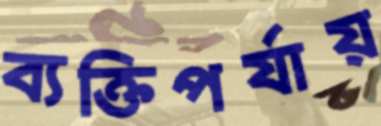
ব্যক্তিপর্যায়